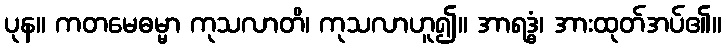
ပုန။ ကတမေဓမ္မာ ကုသလာတိ၊ ကုသလာဟူ၍။ အာရဒ္ဓံ၊ အားထုတ်အပ်၏။